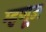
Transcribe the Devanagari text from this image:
म्हणूज